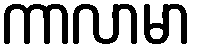
ကာလာမာ